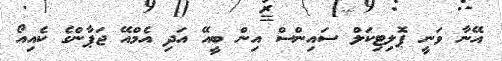
އޭނާ ވަނީ ޕޮލިޓިކަލް ސައިންސް އިން ބީއޭ އަދި އެމްއޭ ޖަޕާންގެ ކެއިއޯ